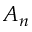
A _ { n }